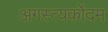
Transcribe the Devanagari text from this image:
अगस्त्यर्कोदम